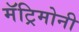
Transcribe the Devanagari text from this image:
मॅट्रिमोनी